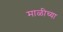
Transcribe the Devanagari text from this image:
माळीच्या